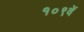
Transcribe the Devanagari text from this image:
१०९वें